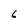
Character: 6